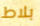
بلاط